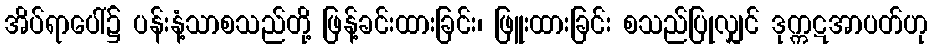
အိပ်ရာပေါ်၌ ပန်းနံ့သာစသည်တို့ ဖြန့်ခင်းထားခြင်း၊ ဖြူးထားခြင်း စသည်ပြုလျှင် ဒုက္ကဋအာပတ်ဟု